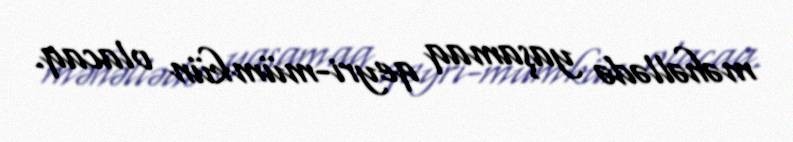
məhəllədə yaşamaq qeyri-mümkün olacaq.